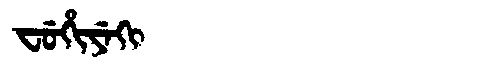
Manchu: ᠸᡠᡥᡳᠶᡝᡴᡳ
Romanization: FUHIYEKI